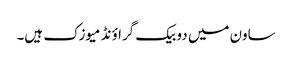
ساون میں دو بیک گراؤنڈ میوزک ہیں۔